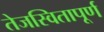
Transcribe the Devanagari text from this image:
तेजस्वितापूर्ण